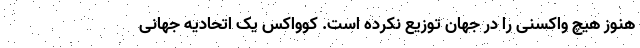
هنوز هیچ واکسنی را در جهان توزیع نکرده است. کوواکس یک اتحادیه جهانی